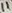
Text: 11